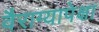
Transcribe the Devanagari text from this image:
वैराग्यापेक्षा